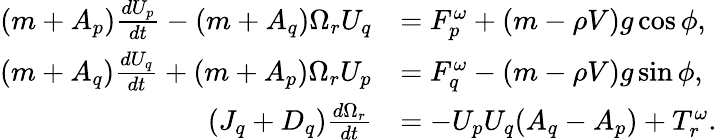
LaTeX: \begin{array}{rl}{(m+A_{p})\frac{dU_{p}}{dt}-(m+A_{q})\Omega_{r}U_{q}}&{=F_{p}^{\omega}+(m-\rho V)g\cos\phi,}\\ {(m+A_{q})\frac{dU_{q}}{dt}+(m+A_{p})\Omega_{r}U_{p}}&{=F_{q}^{\omega}-(m-\rho V)g\sin\phi,}\\ {(J_{q}+D_{q})\frac{d\Omega_{r}}{dt}}&{=-U_{p}U_{q}(A_{q}-A_{p})+T_{r}^{\omega}.}\end{array}